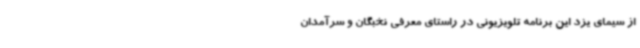
از سیمای یزد این برنامه تلویزیونی در راستای معرفی نخبگان و سرآمدان